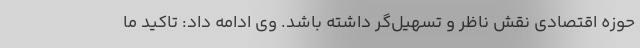
حوزه اقتصادی نقش ناظر و تسهیل‌گر داشته باشد. وی ادامه داد: تاکید ما